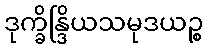
ဒုက္ခိန္ဒြိယသမုဒယဉ္စ